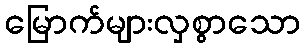
မြောက်များလှစွာသော